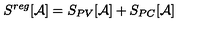
S ^ { r e g } [ { \mathcal A } ] = S _ { P V } [ { \mathcal A } ] + S _ { P C } [ { \mathcal A } ]